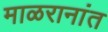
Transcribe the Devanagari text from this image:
माळरानांत